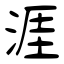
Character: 涯